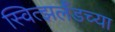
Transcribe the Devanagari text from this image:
स्वित्झर्लॅडच्या